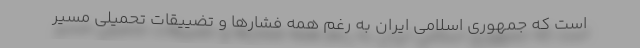
است که جمهوری اسلامی ایران به رغم همه فشارها و تضییقات تحمیلی مسیر